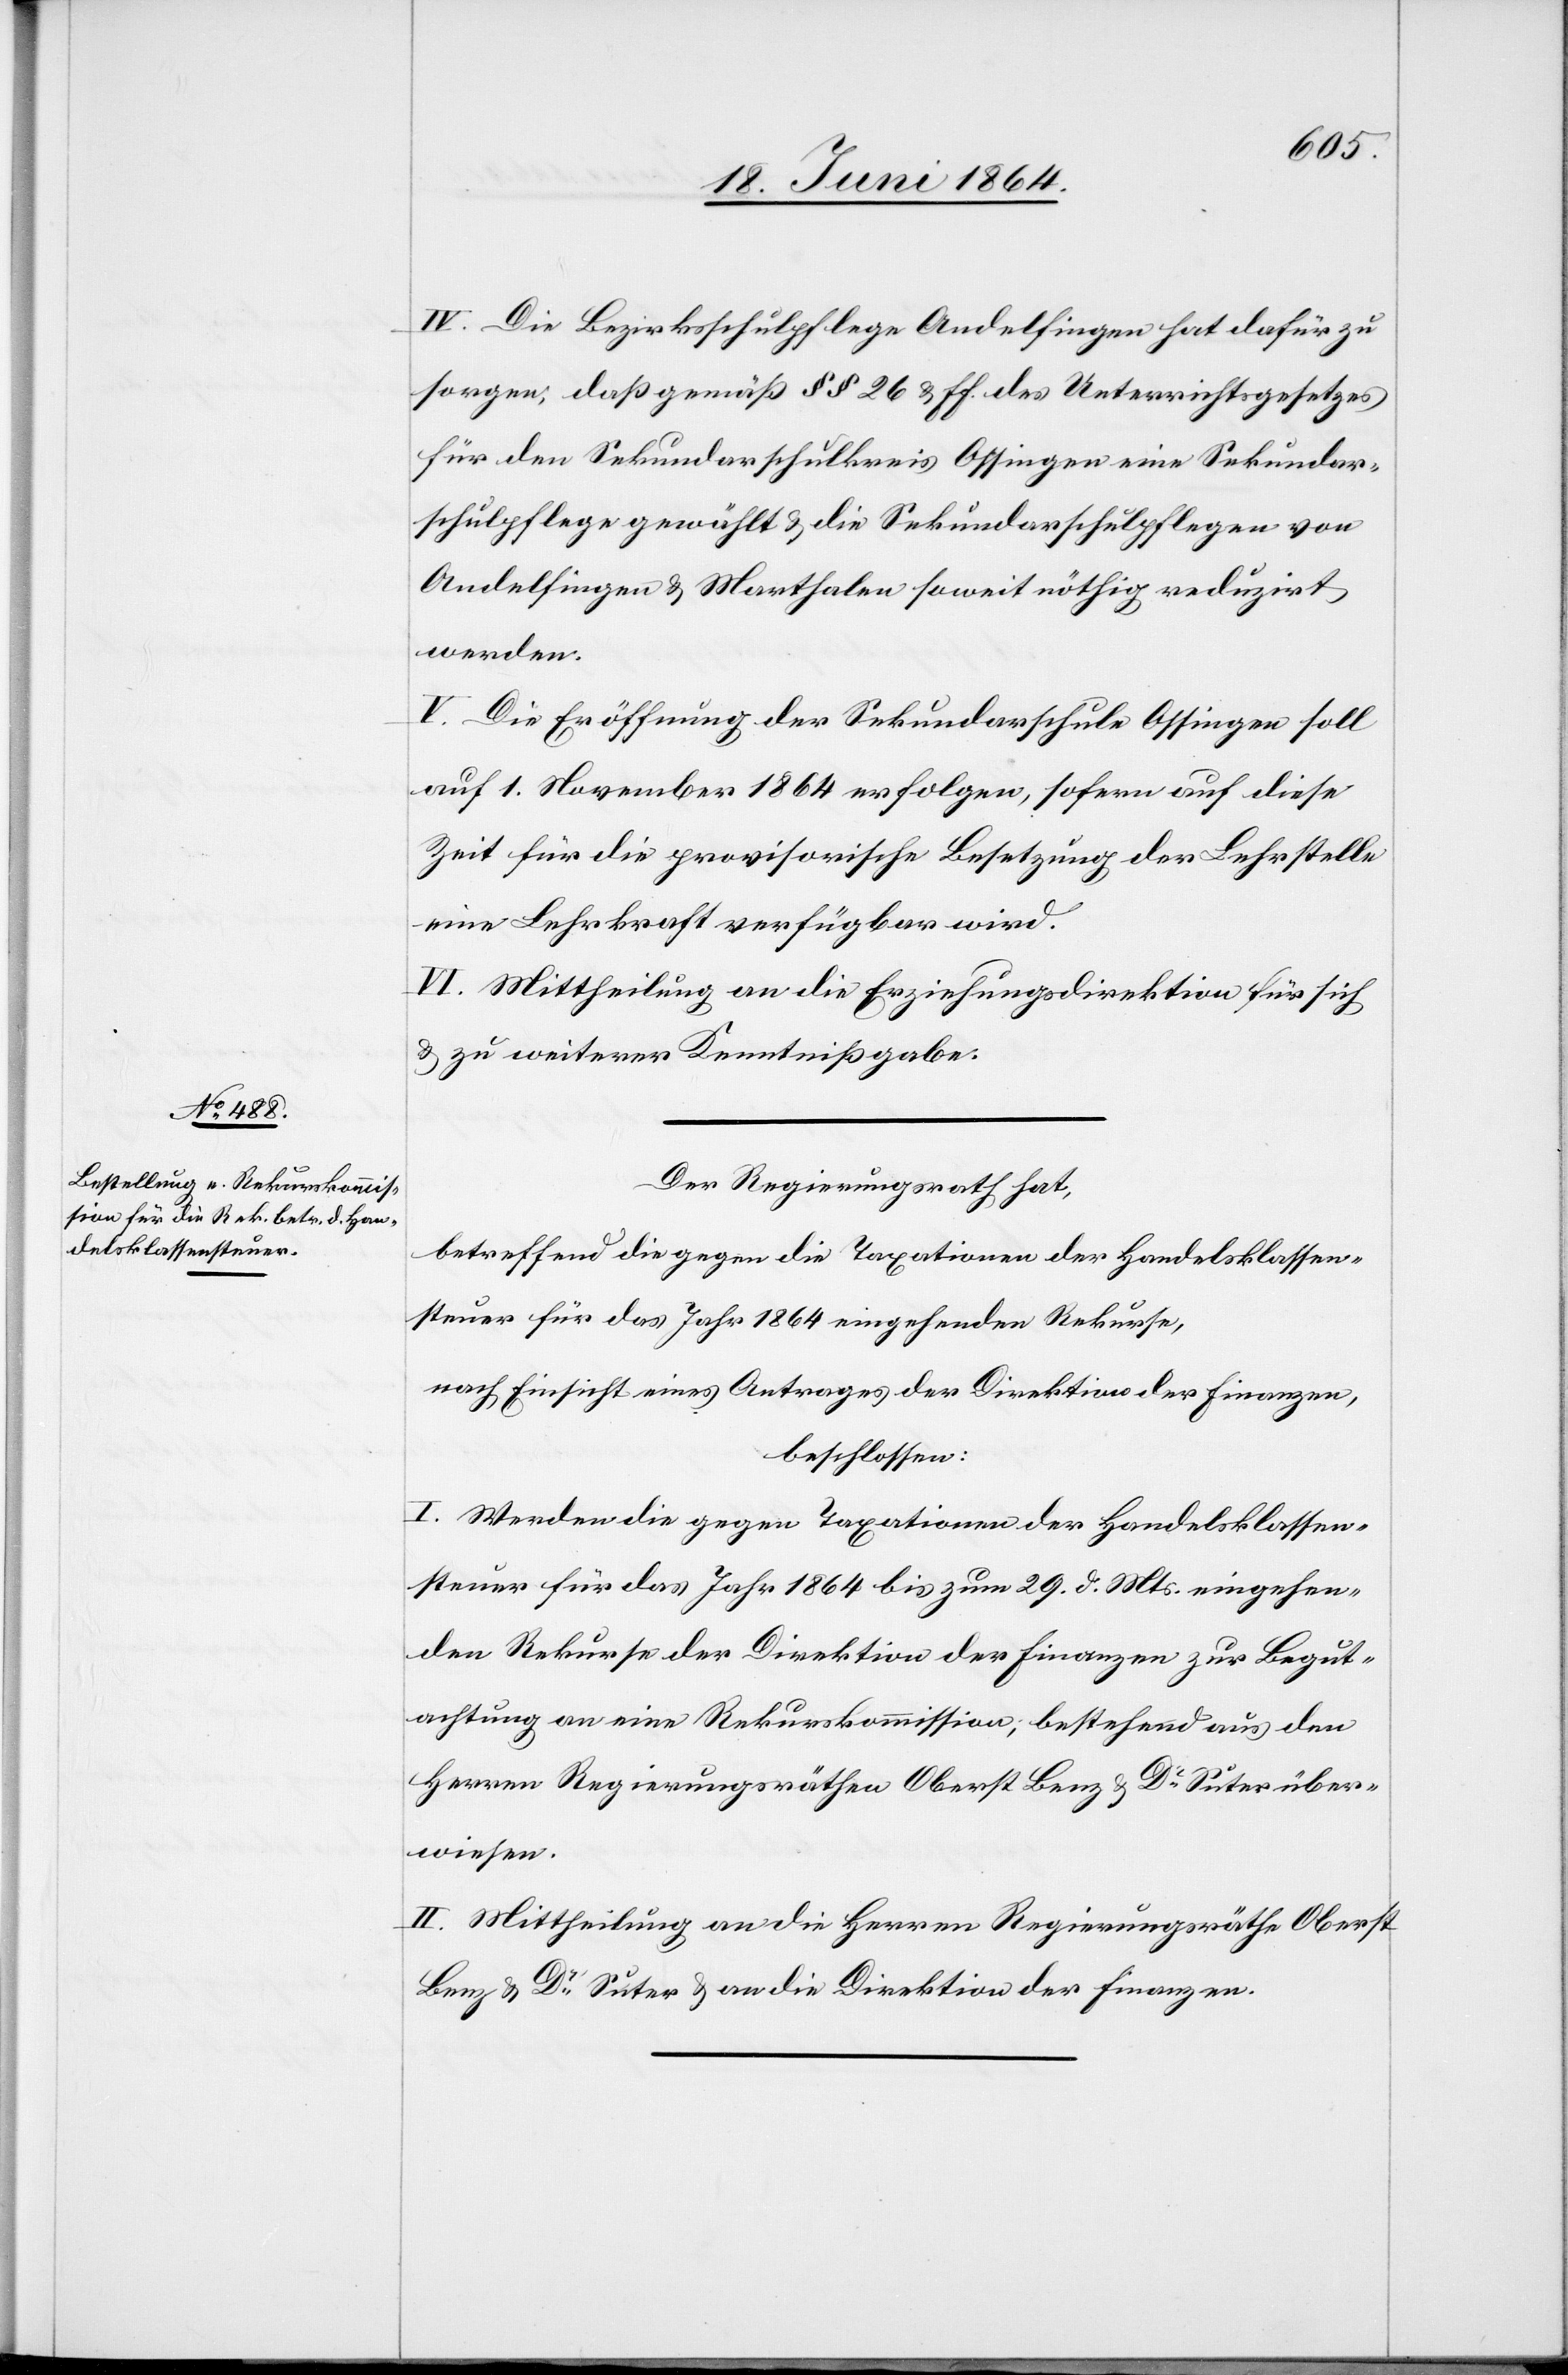
IV. Die Bezirksschulpflege Andelfingen hat dafür zu
sorgen, daß gemäß §§ 26 u. ff. des Unterrichtsgesetzes
für den Sekundarschulkreis Ossingen eine Sekundar¬
schulpflege gewählt u. die Sekundarschulpflegen von
Andelfingen u. Marthalen soweit nöthig reduzirt
werden.
V. Die Eröffnung der Sekundarschule Ossingen soll
auf 1. November 1864 erfolgen, sofern auf diese
Zeit für die provisorische Besetzung der Lehrstelle
eine Lehrkraft verfügbar wird.
VI. Mittheilung an die Erziehungsdirektion für sich
u. zu weiterer Kenntnißgabe.
Der Regierungsrath hat,
betreffend die gegen die Taxationen der Handelsklassen¬
steuer für das Jahr 1864 eingehenden Rekurse,
nach Einsicht eines Antrages der Direktion der Finanzen,
beschlossen:
I. Werden die gegen Taxationen der Handelsklassen¬
steuer für das Jahr 1864 bis zum 20. d. Mts. eingehen¬
den Rekurse der Direktion der Finanzen zur Begut¬
achtung an eine Rekurskommission; bestehend aus den
Herren Regierungsräthen Oberst Benz u. Dr Suter über¬
wiesen.
II. Mittheilung an die Herren Regierungsräthe Oberst
Benz u. Dr Suter u. an die Direktion der Finanzen.